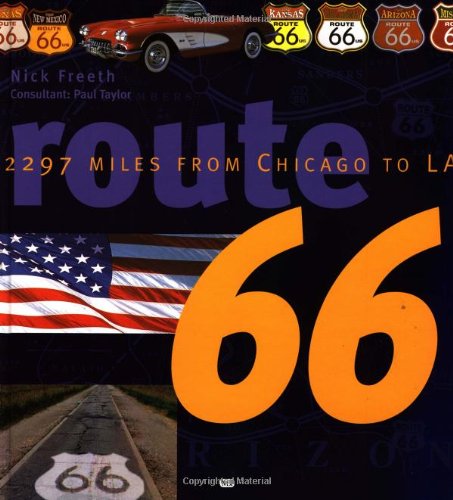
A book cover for Route 66: 2297 Miles From Chicago to LA; Nick Freeth; Humor & Entertainment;